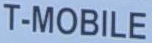
T-MOBILE